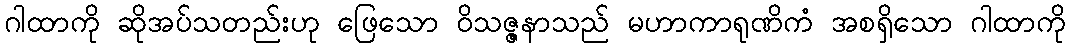
ဂါထာကို ဆိုအပ်သတည်းဟု ဖြေသော ဝိသဇ္ဇနာသည် မဟာကာရုဏိကံ အစရှိသော ဂါထာကို